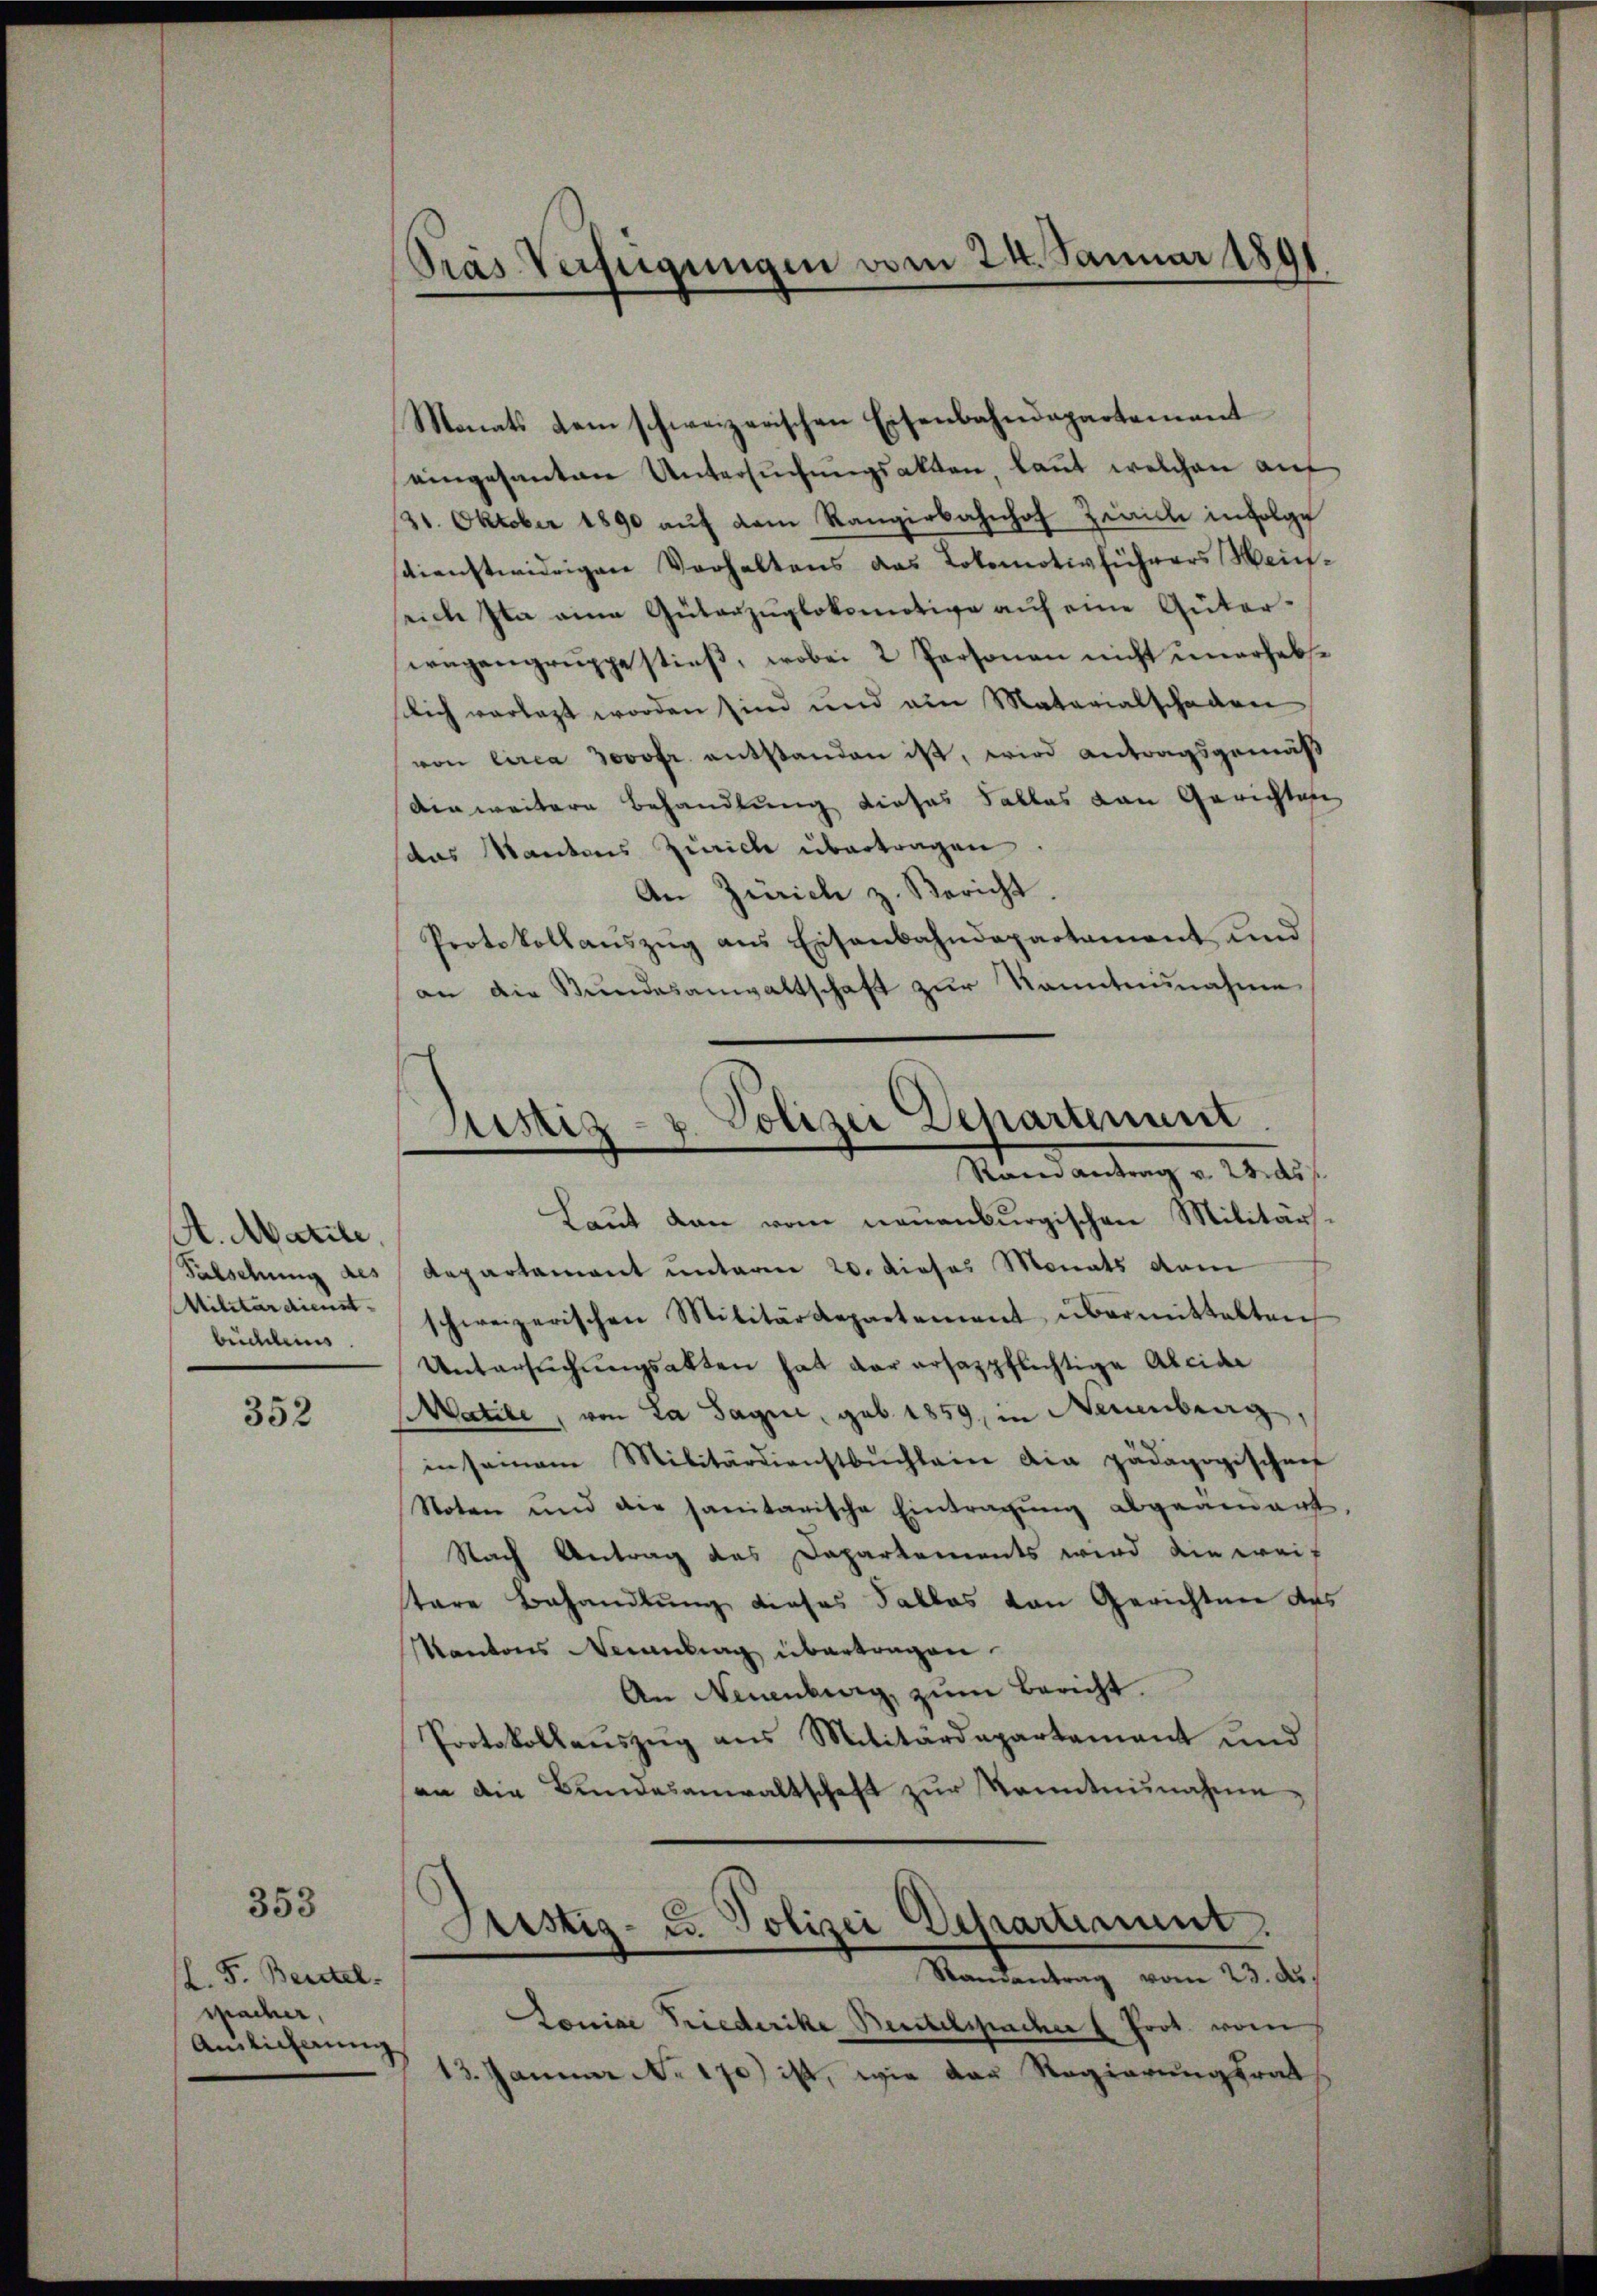
A. Matile,
Militärdienst- |
büchleins

352

353

Monats dem schweizerischen Eisenbahndepartement
eingesanten Untersuchungsakten kannt welchen auf
21. Oktober 1890 aŭf dem Rangirbahnhof Ziaiche infolge
dienstwidrigen Verhaltens das Lokomotivführers Weinrich Ita eine Güterzüglokomotive auf eine Güterwegengruppestieß, wobei 2 Personen nicht unerhebslich vorlegt worden sind und ain Materialschaden
von circa Jovofr. entstanden ist, wird antragsgemäß
denweitern Behandlung dieses Falles von Gerichten
das Kantons Zürich übertragen.
An Zürich z. Bericht.
Protokollauszug aus Eisenbahndepartament und
an die Stŭndesanwaltschaft zur Kenntnisnahme

L. F. Beurtel.
spacher,
Ainlicherung

Pras Verfügungen vom 24. Januar 1891

Justiz- & Polizei Departement
Rain antrag v. 23. ds

Laut den vom neuenburgischen Militär¬
Falschung des Repartament unterm 20. dieses Monats dem
schweizerischen Militärdepartement übermittelten
Untersŭchŭngsakten hat der ersazpflichtige Alcidi
Matile, von La Sagne, geb. 1859, in Nürnberg,
in seinem Militärdienstbŭchlein die pädagogischen
Noten und die sanitarische Eintragŭng abgeamart,
Nach Antrag des Dapartements wird die weis
tare Behandlung dieses Falles von Gerichten des
Kantons Neuenburg übertragen.
An Neuenburg, zŭm Bericht.
Protokollauszug aus Militärdepartement und
an die Bŭndesanwaltschaft zŭr Kenntnŭnahme
Justiz- u. Polizei Departiment.
Randantrag vom 23. du
Loniae Friederike Beurtelspacher (Prot. vom
13. Januar No. 170) ist, wie der Regierungsrat